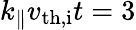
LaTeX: k_{\parallel}v_{\mathrm{th,i}}t=3